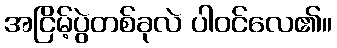
အငြိမ့်ပွဲတစ်ခုလဲ ပါဝင်လေ၏။